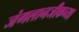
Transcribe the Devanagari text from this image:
जंगलानजीकच्या